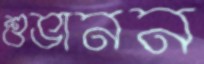
শুভানন